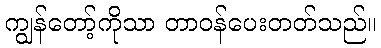
ကျွန်တော့်ကိုသာ တာဝန်ပေးတတ်သည်။